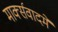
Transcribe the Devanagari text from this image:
मार्क्सवादमें